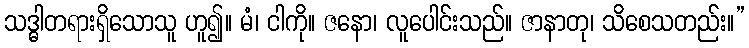
သဒ္ဓါတရားရှိသောသူ ဟူ၍။ မံ၊ ငါကို။ ဇနော၊ လူပေါင်းသည်။ ဇာနာတု၊ သိစေသတည်း။”